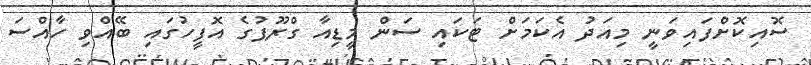
ސޮއިކޮށްފައިވަނީ މިއަދު އެކަމަށް ޓަކައި ސަން މީޑިއާ ގްރޫޕުގެ އޮފީހުގައި ބޭއްވި ހާއްސަ